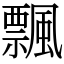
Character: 飄